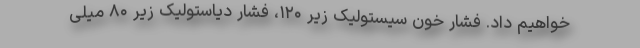
خواهیم داد. فشار خون سیستولیک زیر ۱۲۰، فشار دیاستولیک زیر ۸۰ میلی